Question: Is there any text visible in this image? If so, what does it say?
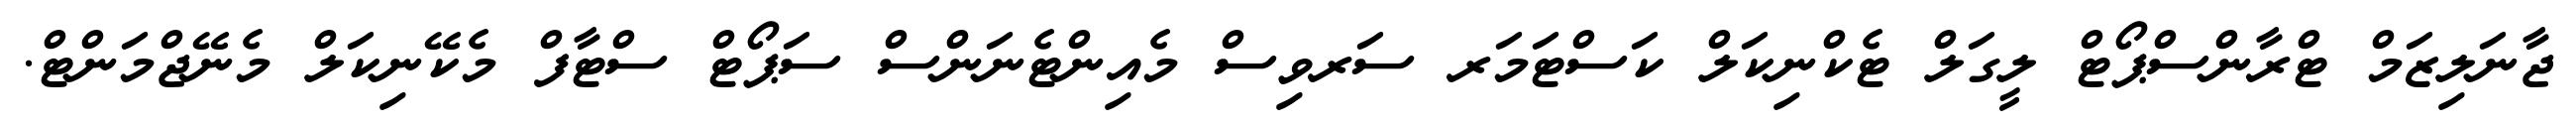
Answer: ޖާނަލިޒަމް ޓްރާންސްޕޯޓް ލީގަލް ޓެކްނިކަލް ކަސްޓަމަރ ސަރވިސް މެއިންޓެނަންސް ސަޕޯޓް ސްޓާފް މެކޭނިކަލް މެނޭޖްމަންޓް.